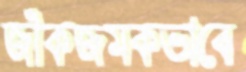
জাঁকজমকভাবে